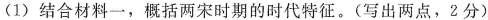
（1）结合材料一，概括两宋时期的时代特征。（写出两点，2分）